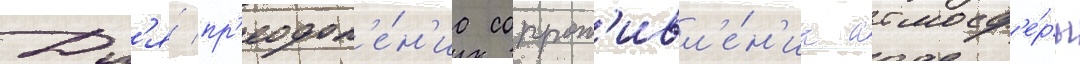
Дл'я́ пр'еодол'е́н'иа сопрот'ивл'е́н'иа атмосф'е́ры